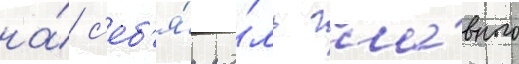
на́ с'еб'я́ ро́ль гла́вного